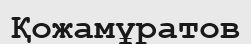
Қожамұратов